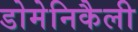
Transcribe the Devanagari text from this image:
डोमेनिकैली